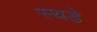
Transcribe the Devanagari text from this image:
स्थडे